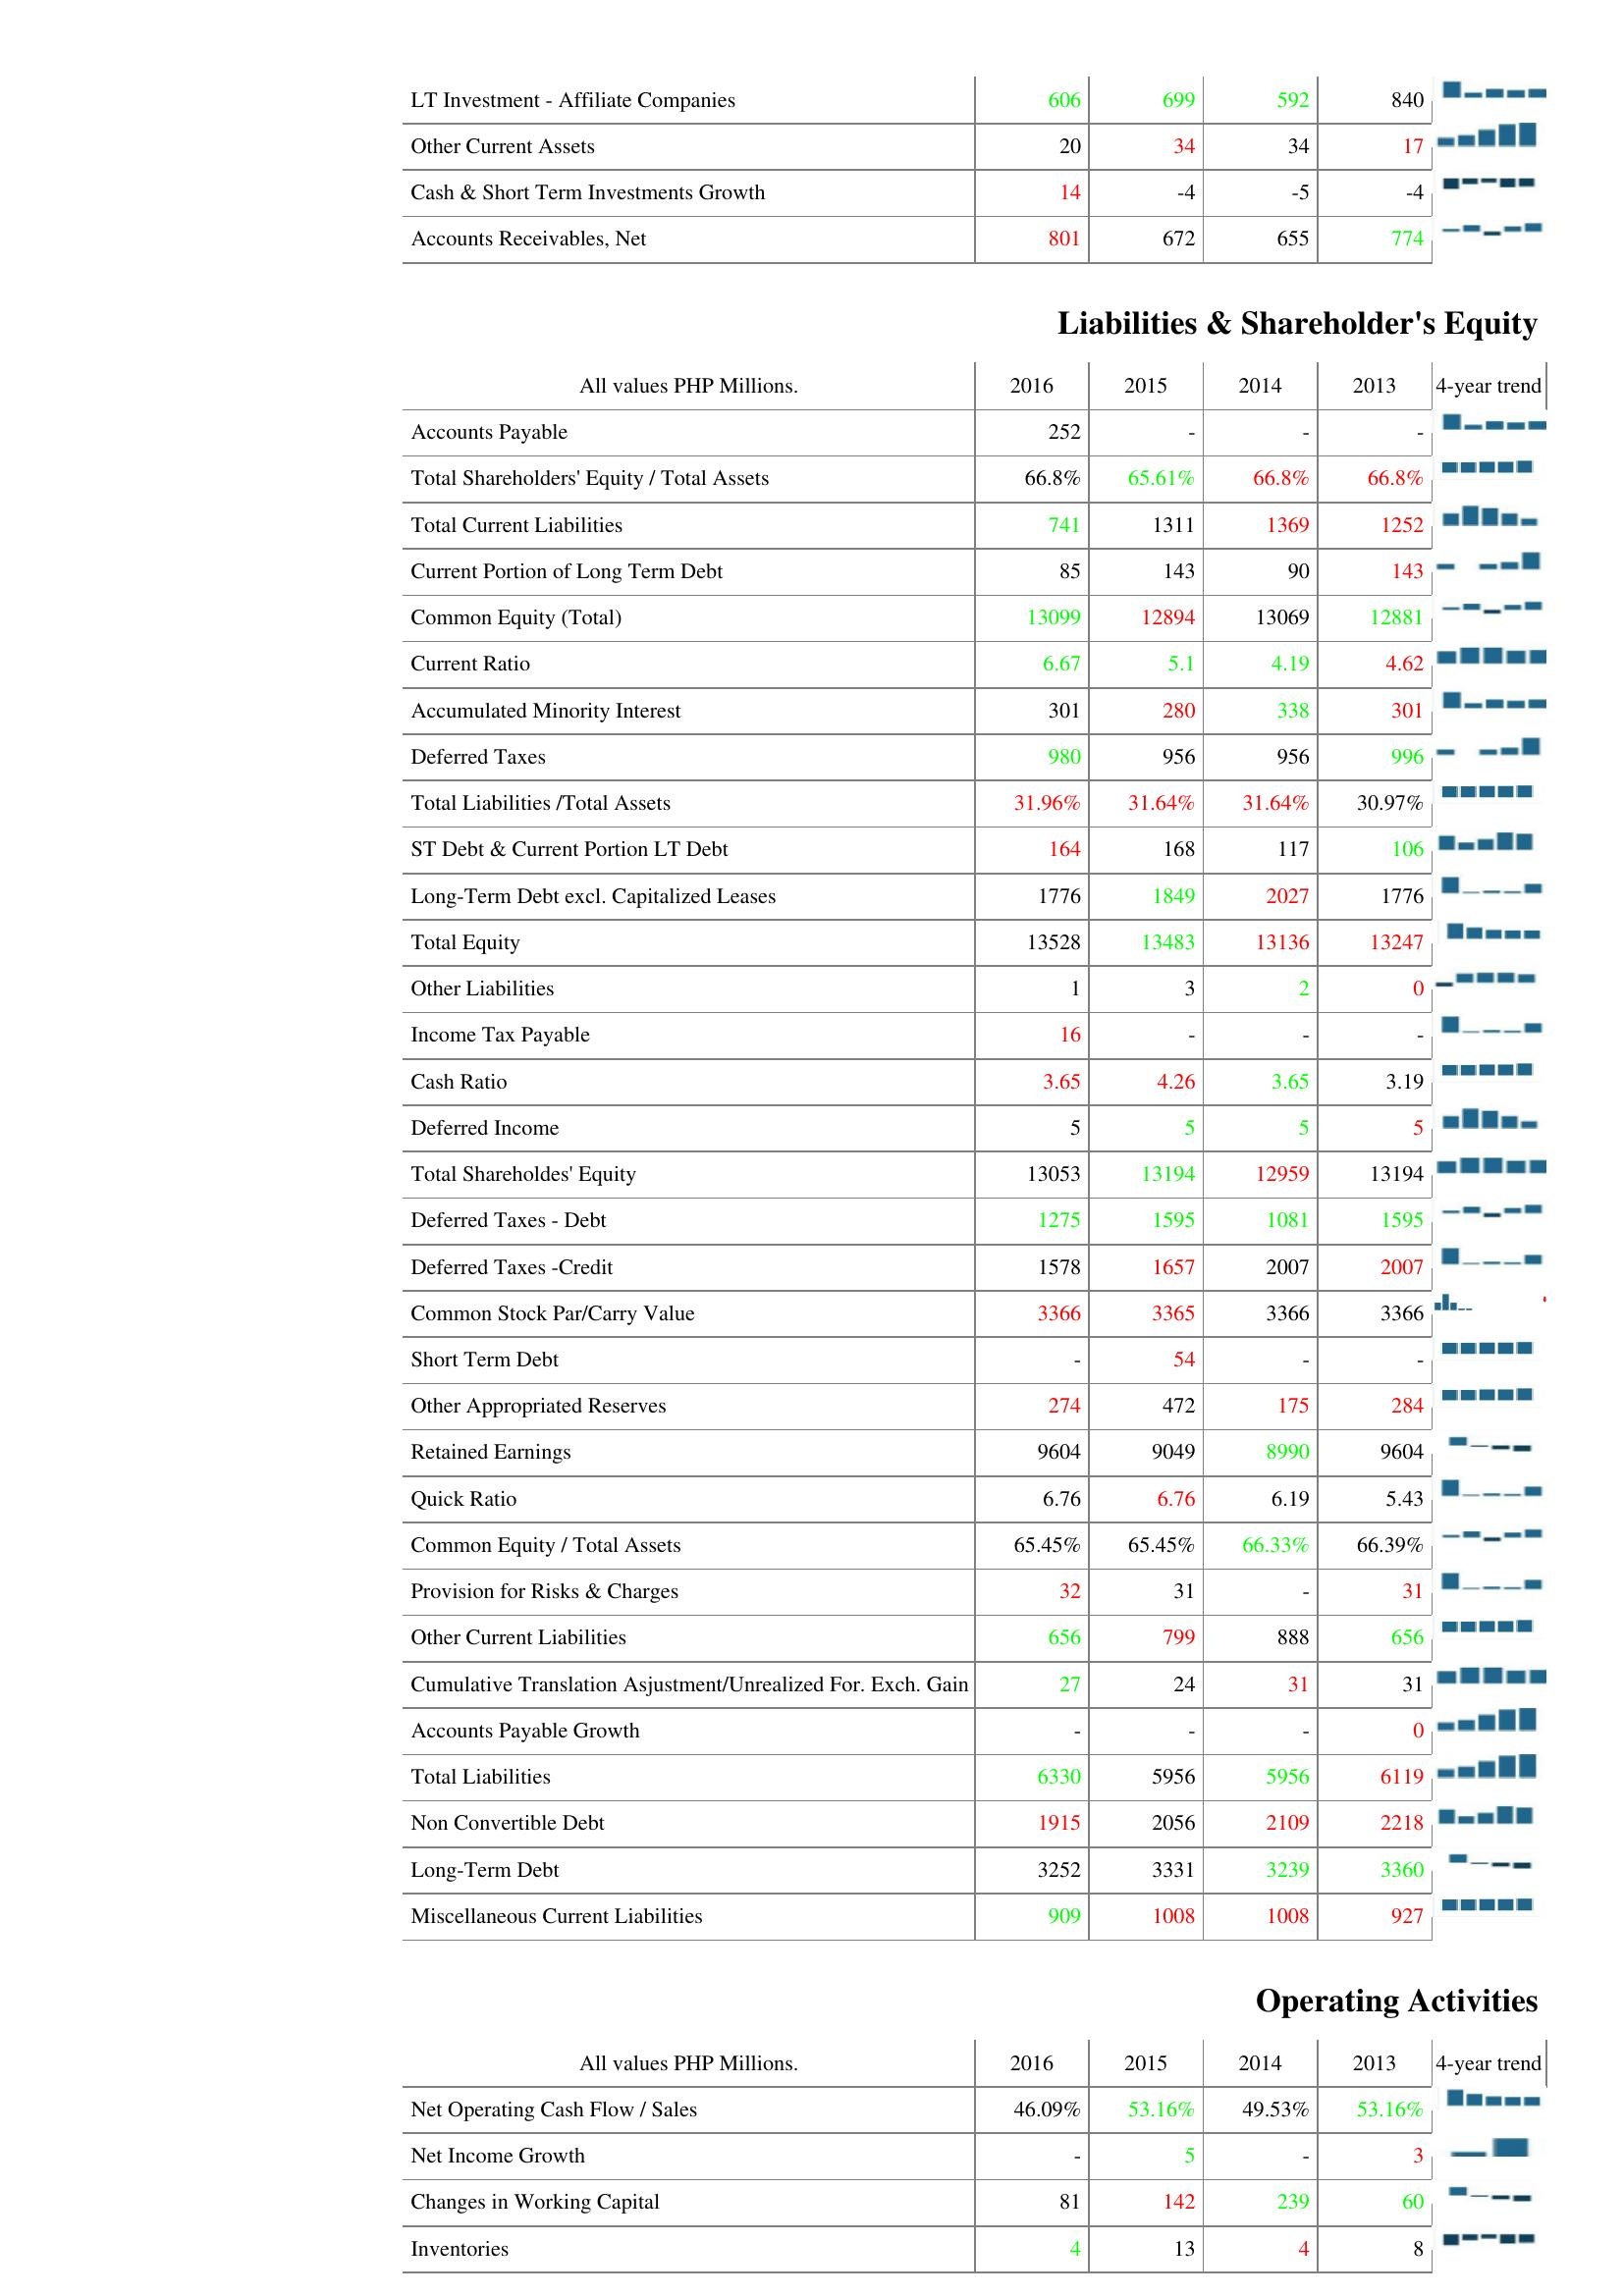
2016: Assets: LT Investment - Affiliate Companies: 606
Other Current Assets: 20
Cash & Short Term Investments Growth: 14
Accounts Receivables, Net: 801
Liabilities & Shareholder's Equity: Accounts Payable: 252
Total Shareholders' Equity / Total Assets: 66.8%
Total Current Liabilities: 741
Current Portion of Long Term Debt: 85
Common Equity (Total): 13099
Current Ratio: 6.67
Accumulated Minority Interest: 301
Deferred Taxes: 980
Total Liabilities /Total Assets: 31.96%
ST Debt & Current Portion LT Debt: 164
Long-Term Debt excl. Capitalized Leases: 1776
Total Equity: 13528
Other Liabilities: 1
Income Tax Payable: 16
Cash Ratio: 3.65
Deferred Income: 5
Total Shareholdes' Equity: 13053
Deferred Taxes - Debt: 1275
Deferred Taxes -Credit: 1578
Common Stock Par/Carry Value: 3366
Short Term Debt: -
Other Appropriated Reserves: 274
Retained Earnings: 9604
Quick Ratio: 6.76
Common Equity / Total Assets: 65.45%
Provision for Risks & Charges: 32
Other Current Liabilities: 656
Cumulative Translation Asjustment/Unrealized For. Exch. Gain: 27
Accounts Payable Growth: -
Total Liabilities: 6330
Non Convertible Debt: 1915
Long-Term Debt: 3252
Miscellaneous Current Liabilities: 909
Operating Activities: Net Operating Cash Flow / Sales: 46.09%
Net Income Growth: -
Changes in Working Capital: 81
Inventories: 4
2015: Assets: LT Investment - Affiliate Companies: 699
Other Current Assets: 34
Cash & Short Term Investments Growth: -4
Accounts Receivables, Net: 672
Liabilities & Shareholder's Equity: Accounts Payable: -
Total Shareholders' Equity / Total Assets: 65.61%
Total Current Liabilities: 1311
Current Portion of Long Term Debt: 143
Common Equity (Total): 12894
Current Ratio: 5.1
Accumulated Minority Interest: 280
Deferred Taxes: 956
Total Liabilities /Total Assets: 31.64%
ST Debt & Current Portion LT Debt: 168
Long-Term Debt excl. Capitalized Leases: 1849
Total Equity: 13483
Other Liabilities: 3
Income Tax Payable: -
Cash Ratio: 4.26
Deferred Income: 5
Total Shareholdes' Equity: 13194
Deferred Taxes - Debt: 1595
Deferred Taxes -Credit: 1657
Common Stock Par/Carry Value: 3365
Short Term Debt: 54
Other Appropriated Reserves: 472
Retained Earnings: 9049
Quick Ratio: 6.76
Common Equity / Total Assets: 65.45%
Provision for Risks & Charges: 31
Other Current Liabilities: 799
Cumulative Translation Asjustment/Unrealized For. Exch. Gain: 24
Accounts Payable Growth: -
Total Liabilities: 5956
Non Convertible Debt: 2056
Long-Term Debt: 3331
Miscellaneous Current Liabilities: 1008
Operating Activities: Net Operating Cash Flow / Sales: 53.16%
Net Income Growth: 5
Changes in Working Capital: 142
Inventories: 13
2014: Assets: LT Investment - Affiliate Companies: 592
Other Current Assets: 34
Cash & Short Term Investments Growth: -5
Accounts Receivables, Net: 655
Liabilities & Shareholder's Equity: Accounts Payable: -
Total Shareholders' Equity / Total Assets: 66.8%
Total Current Liabilities: 1369
Current Portion of Long Term Debt: 90
Common Equity (Total): 13069
Current Ratio: 4.19
Accumulated Minority Interest: 338
Deferred Taxes: 956
Total Liabilities /Total Assets: 31.64%
ST Debt & Current Portion LT Debt: 117
Long-Term Debt excl. Capitalized Leases: 2027
Total Equity: 13136
Other Liabilities: 2
Income Tax Payable: -
Cash Ratio: 3.65
Deferred Income: 5
Total Shareholdes' Equity: 12959
Deferred Taxes - Debt: 1081
Deferred Taxes -Credit: 2007
Common Stock Par/Carry Value: 3366
Short Term Debt: -
Other Appropriated Reserves: 175
Retained Earnings: 8990
Quick Ratio: 6.19
Common Equity / Total Assets: 66.33%
Provision for Risks & Charges: -
Other Current Liabilities: 888
Cumulative Translation Asjustment/Unrealized For. Exch. Gain: 31
Accounts Payable Growth: -
Total Liabilities: 5956
Non Convertible Debt: 2109
Long-Term Debt: 3239
Miscellaneous Current Liabilities: 1008
Operating Activities: Net Operating Cash Flow / Sales: 49.53%
Net Income Growth: -
Changes in Working Capital: 239
Inventories: 4
2013: Assets: LT Investment - Affiliate Companies: 840
Other Current Assets: 17
Cash & Short Term Investments Growth: -4
Accounts Receivables, Net: 774
Liabilities & Shareholder's Equity: Accounts Payable: -
Total Shareholders' Equity / Total Assets: 66.8%
Total Current Liabilities: 1252
Current Portion of Long Term Debt: 143
Common Equity (Total): 12881
Current Ratio: 4.62
Accumulated Minority Interest: 301
Deferred Taxes: 996
Total Liabilities /Total Assets: 30.97%
ST Debt & Current Portion LT Debt: 106
Long-Term Debt excl. Capitalized Leases: 1776
Total Equity: 13247
Other Liabilities: 0
Income Tax Payable: -
Cash Ratio: 3.19
Deferred Income: 5
Total Shareholdes' Equity: 13194
Deferred Taxes - Debt: 1595
Deferred Taxes -Credit: 2007
Common Stock Par/Carry Value: 3366
Short Term Debt: -
Other Appropriated Reserves: 284
Retained Earnings: 9604
Quick Ratio: 5.43
Common Equity / Total Assets: 66.39%
Provision for Risks & Charges: 31
Other Current Liabilities: 656
Cumulative Translation Asjustment/Unrealized For. Exch. Gain: 31
Accounts Payable Growth: 0
Total Liabilities: 6119
Non Convertible Debt: 2218
Long-Term Debt: 3360
Miscellaneous Current Liabilities: 927
Operating Activities: Net Operating Cash Flow / Sales: 53.16%
Net Income Growth: 3
Changes in Working Capital: 60
Inventories: 8